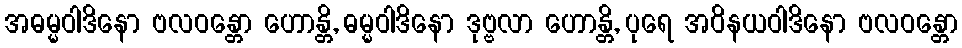
အဓမ္မဝါဒိနော ဗလဝန္တော ဟောန္တိ, ဓမ္မဝါဒိနော ဒုဗ္ဗလာ ဟောန္တိ, ပုရေ အဝိနယဝါဒိနော ဗလဝန္တော